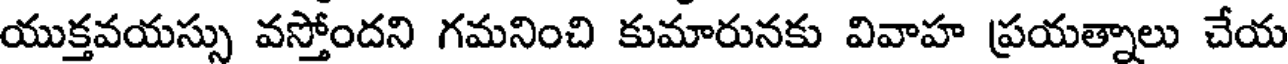
యుక్తవయస్సు వస్తోందని గమనించి కుమారునకు వివాహ ప్రయత్నాలు చేయ